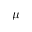
\mu